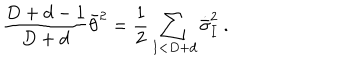
{ \frac { D + d - 1 } { D + d } } \bar { \theta } ^ { 2 } = { \frac { 1 } { 2 } } \sum _ { I < D + d } \dot { \bar { \sigma } } _ { I } ^ { 2 } \ .